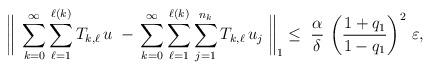
LaTeX: \begin{align*} \bigg\|\;\sum_{k=0}^\infty\sum_{\ell=1}^{\ell(k)}T_{k,\ell}\,u\;-\,\sum_{k=0}^\infty\sum_{\ell=1}^{\ell(k)}\sum_{j=1}^{n_k}T_{k,\ell}\,u_j\;\bigg\|_1\leq\;\frac{\alpha}{\delta}\,\left(\frac{1+q_1}{1-q_1}\right)^2\,\varepsilon,\end{align*}